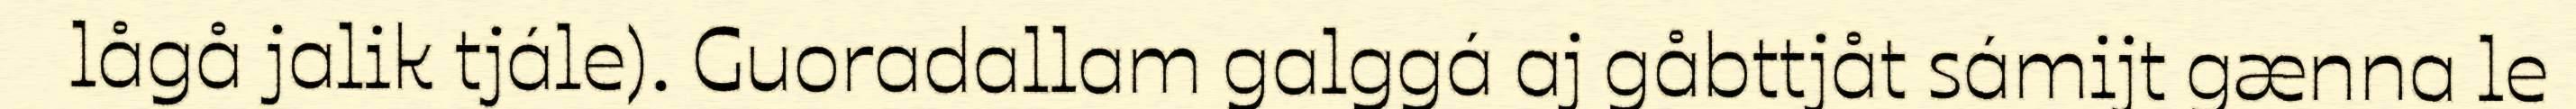
lågå jalik tjále). Guoradallam galggá aj gåbttjåt sámijt gænna le